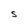
Character: S